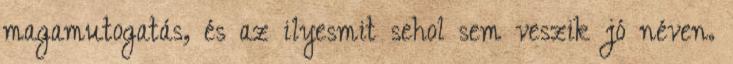
magamutogatás, és az ilyesmit sehol sem veszik jó néven.